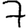
Digit: 7